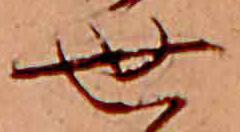
世